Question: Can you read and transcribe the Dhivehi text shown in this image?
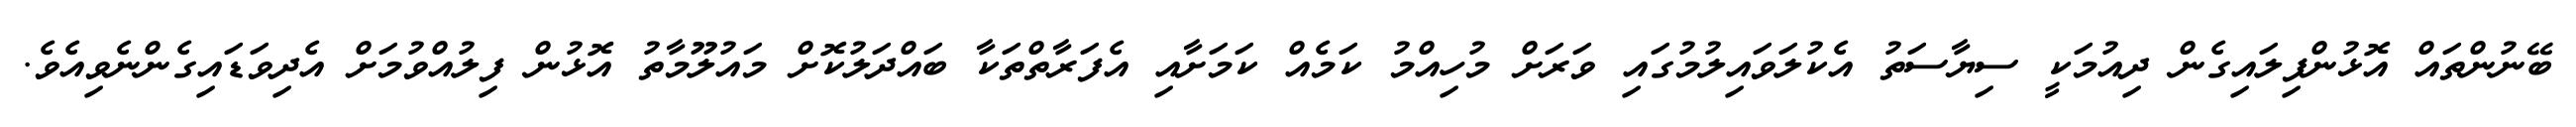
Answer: ބޭނުންތައް އޮޅުންފިލައިގެން ދިއުމަކީ ސިޔާސަތު އެކުލަވައިލުމުގައި ވަރަށް މުހިއްމު ކަމެއް ކަމަށާއި އެފަރާތްތަކާ ބައްދަލުކޮށް މައުލޫމާތު އޮޅުން ފިލުއްވުމަށް އެދިވަޑައިގެންނެވިއެވެ.